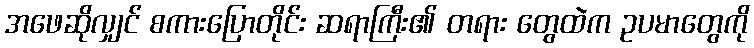
အဖေဆိုလျှင် စကားပြောတိုင်း ဆရာကြီး၏ တရား တွေထဲက ဥပမာတွေကို